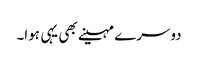
دوسرے مہینے بھی یہی ہوا۔